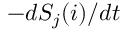
- d S _ { j } ( i ) / d t